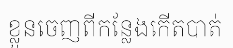
ខ្លួនចេញពីកន្លែងកើតបាត់